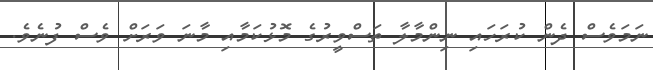
ނަމަވެސް ދެން ކުރަހައި ނިންމާލާ ތަސްވީރުގެ މޮޅުކަމާއި މާނަ ވަރަށް ވެސް ފުނެވެ.